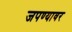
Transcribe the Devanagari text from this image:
जपण्यावर